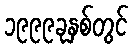
၁၉၉၉ခုနှစ်တွင်